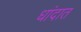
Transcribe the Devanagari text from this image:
धांदात